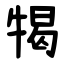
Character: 㹇